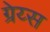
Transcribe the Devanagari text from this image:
ग्रेय्स